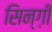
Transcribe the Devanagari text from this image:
सिन्ग़ी